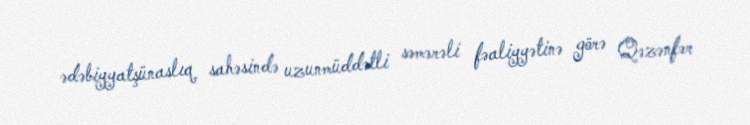
ədəbiyyatşünaslıq sahəsində uzunmüddətli səmərəli fəaliyyətinə görə Qəzənfər